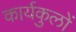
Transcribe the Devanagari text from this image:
कार्यकुलों